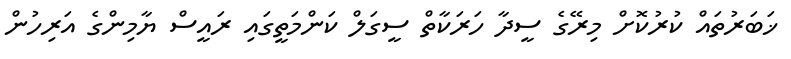
ޚަބަރުތައް ކުރުކޮށް މިރޭގެ ސީދާ ހަރަކާތް ސީގަލް ކަންމަތީގައި ރައީސް ޔާމިންގެ އަރިހުން